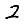
Digit: 2